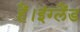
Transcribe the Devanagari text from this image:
हैं।इंग्लैंड